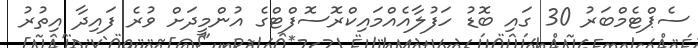
ސެޕްޓެމްބަރު 30 ގައި ބޮޑު ހަފުލާއެއްމައިކްރޮސޮފްޓްގެ އުންމީދަށް ވުރެ ފައިދާ އިތުރު